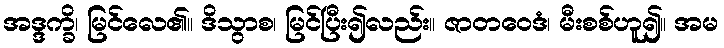
အဒ္ဒက္ခိ၊ မြင်လေ၏။ ဒိသွာစ၊ မြင်ပြီး၍လည်း။ ဇာတဝေဒံ၊ မီးစစ်ဟူ၍။ အမ